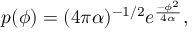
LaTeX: p ( \phi ) = ( 4 \pi \alpha ) ^ { - 1 / 2 } e ^ { \frac { - \phi ^ { 2 } } { 4 \alpha } } ,